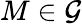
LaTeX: M\in\mathcal G